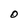
Character: O